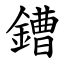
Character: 鏪